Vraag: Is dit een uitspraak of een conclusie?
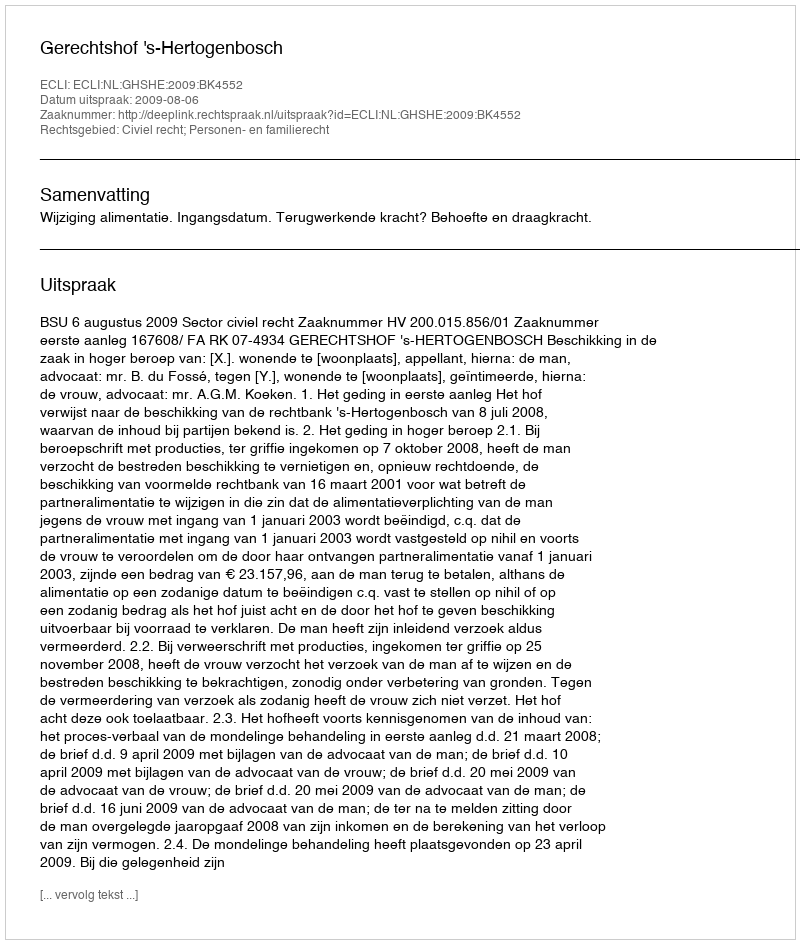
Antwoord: Uitspraak